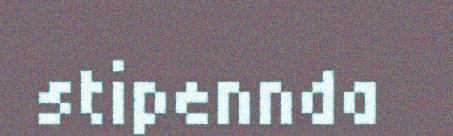
stipennda